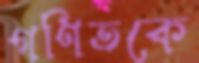
গণিতকে